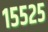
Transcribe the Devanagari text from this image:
१५५२५